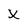
Character: X